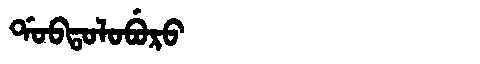
Manchu: ᡩᠣᠪᡨᠣᠯᠣᠪᡠᡵᠣ
Romanization: DOBTOLOBURO